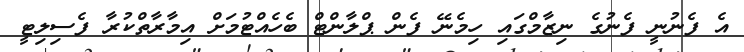
އެ ފެނުނީ ފެނުގެ ނިޒާމްގައި ހިމެނޭ ފެން ޕްލާންޓް ބެހެއްޓުމަށް އިމާރާތްކުރާ ފެސިލިޓީ